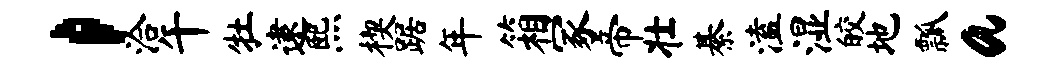
，洽午牡逮熙楔踞年箱冢帝壮綦溘湿皎地瓢a